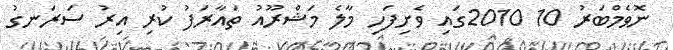
ނޮވެމްބަރު 10 2010ގައި ވެށިފަހި މާލެ މަޝްރޫއު ތައާރަފު ކުރި އިރު ސަރަނގު